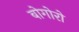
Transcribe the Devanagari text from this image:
बोगोरो